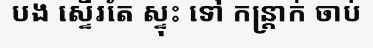
បង ស្ទើរតែ ស្ទុះ ទៅ កន្ត្រាក់ ចាប់